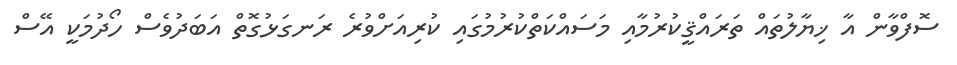
ސޮފްވާން އާ ޚިޔާލުތައް ތަރައްޤީކުރުމާއި މަސައްކަތްކުރުމުގައި ކުރިއަށްވުރެ ރަނގަޅުގޮތް އަބަދުވެސް ހޯދުމަކީ އޭސް